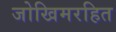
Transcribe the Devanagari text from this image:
जोखिमरहित